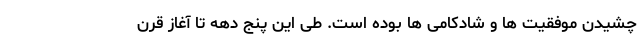
چشیدن موفقیت ها و شادکامی ها بوده است. طی این پنج دهه تا آغاز قرن